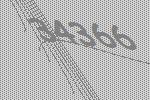
34366